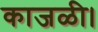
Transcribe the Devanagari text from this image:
काजळी।